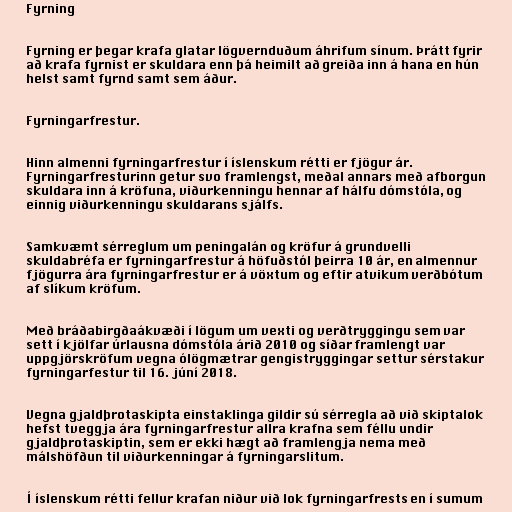
Fyrning

Fyrning er þegar krafa glatar lögvernduðum áhrifum sínum. Þrátt fyrir
að krafa fyrnist er skuldara enn þá heimilt að greiða inn á hana en hún
helst samt fyrnd samt sem áður.

Fyrningarfrestur.

Hinn almenni fyrningarfrestur í íslenskum rétti er fjögur ár.
Fyrningarfresturinn getur svo framlengst, meðal annars með afborgun
skuldara inn á kröfuna, viðurkenningu hennar af hálfu dómstóla, og
einnig viðurkenningu skuldarans sjálfs.

Samkvæmt sérreglum um peningalán og kröfur á grundvelli
skuldabréfa er fyrningarfrestur á höfuðstól þeirra 10 ár, en almennur
fjögurra ára fyrningarfrestur er á vöxtum og eftir atvikum verðbótum
af slíkum kröfum.

Með bráðabirgðaákvæði í lögum um vexti og verðtryggingu sem var
sett í kjölfar úrlausna dómstóla árið 2010 og síðar framlengt var
uppgjörskröfum vegna ólögmætrar gengistryggingar settur sérstakur
fyrningarfestur til 16. júní 2018.

Vegna gjaldþrotaskipta einstaklinga gildir sú sérregla að við skiptalok
hefst tveggja ára fyrningarfrestur allra krafna sem féllu undir
gjaldþrotaskiptin, sem er ekki hægt að framlengja nema með
málshöfðun til viðurkenningar á fyrningarslitum.

Í íslenskum rétti fellur krafan niður við lok fyrningarfrests en í sumum